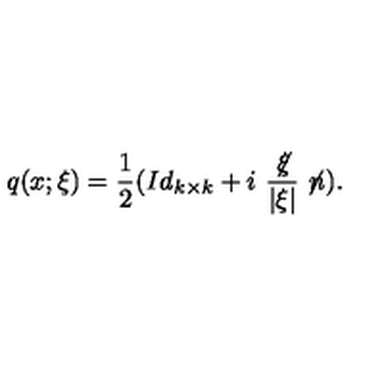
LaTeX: q ( x ; \xi ) = \frac 1 2 ( I d _ { k \times k } + i \ \frac { \not \! \xi } { \vert \xi \vert } \not \! n ) .